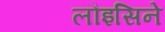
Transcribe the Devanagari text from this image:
लौइसिने